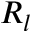
R _ { l }